Annual report of lunatic asylums [Bombay] - 1912-1922
Year: 1912
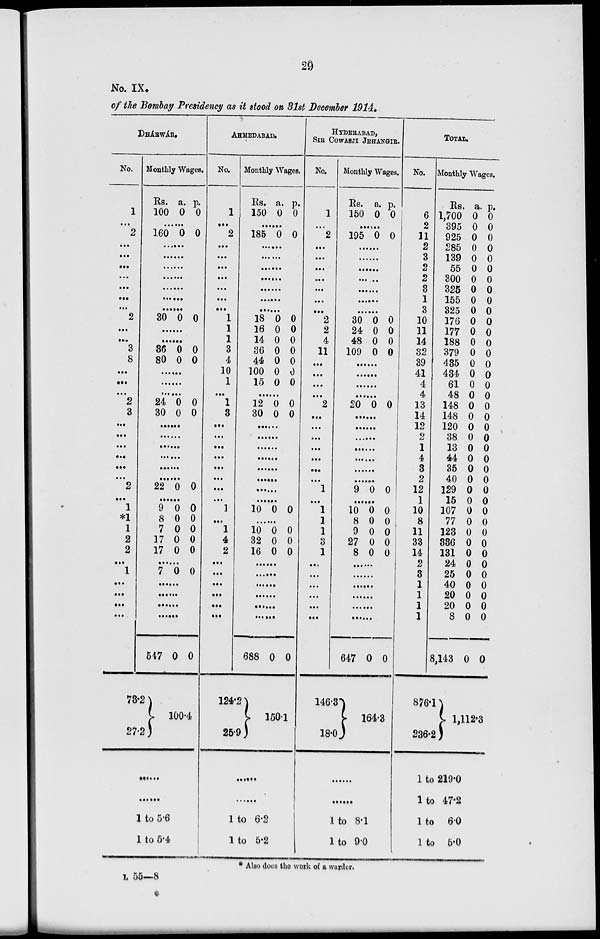
29
No. IX.
of the Bombay Presidency as it stood on 31st December 1914.
DHÁRWÁR.
No.
1
...
2
...
...
...
...
...
...
...
2
...
...
3
8
...
...
...
2
3
...
...
...
...
...
...
2
...
1
*1
1
2
2
...
1
...
...
...
...
...
73.2
27.2
Monthly Wages.
Rs.
100
a.
0
p.
0
......
160 0 0
......
......
......
......
......
......
......
30 0 0
......
......
36
80
0
0
0
0
......
......
......
24
30
0
0
0
0
......
......
......
......
......
......
22 0 0
......
9
8
7
17
17
0
0
0
0
0
0
0
0
0
0
......
7 0 0
......
......
.......
......
547 0 0
100.4
.........
.........
1 to 5.6
1 to 5.4
AHMEDABAD.
No.
1
...
2
...
...
...
...
...
...
...
1
1
1
3
4
10
1
...
1
3
...
...
...
...
...
...
...
...
1
...
1
4
2
...
...
...
...
...
...
124.2
25.9
Monthly Wages.
Rs.
150
a.
0
p.
0
......
185 0 0
......
......
......
......
......
......
......
18
16
14
36
44
100
15
0
0
0
0
0
0
0
0
0
0
0
0
0
0
......
12
30
0
0
0
0
......
......
......
......
......
......
......
......
10 0 0
......
10
32
16
0
0
0
0
0
0
......
......
......
......
......
......
688 0 0
150.1
.........
.........
1 to 6.2
1 to 5.2
HYDERABAD,
SIR COWASJI JEHANGIR.
No.
...
1
...
2
...
...
...
...
. ..
...
. ..
2
2
4
11
...
...
...
...
2
...
...
...
...
...
...
...
1
1
1
1
3
1
...
...
...
...
...
...
146.3
18.0
Monthly Wages.
Rs.
150
a.
0
p.
0
......
195 0 0
......
......
......
......
......
......
......
30
24
48
109
0
0
0
0
0
0
0
0
......
......
......
......
20 0 0
......
......
......
......
......
......
......
9 0 0
......
10
8
9
27
8
0
0
0
0
0
0
0
0
0
0
......
......
......
......
......
......
647 0 0
164.3
.........
.........
1 to 8.1
1 to 9.0
TOTAL.
No.
6
2
11
2
3
2
2
3
1
3
10
11
14
32
39
41
4
4
13
14
12
2
1
4
3
2
12
1
10
8
11
33
14
2
3
1
1
1
1
876.1
236.2
Monthly Wages.
Rs.
1,700
395
925
285
139
55
300
325
155
325
176
177
188
379
435
434
61
48
148
148
120
38
13
44
35
40
129
15
107
77
123
336
131
24
25
40
20
20
8
8,143
a.
0
0
0
0
0
0
0
0
0
0
0
0
0
0
0
0
0
0
0
0
0
0
0
0
0
0
0
0
0
0
0
0
0
0
0
0
0
0
0
0
p.
0
0
0
0
0
0
0
0
0
0
0
0
0
0
0
0
0
0
0
0
0
0
0
0
0
0
0
0
0
0
0
0
0
0
0
0
0
0
0
0
1,112.3
1 to 219.0
1 to 47.2
1 to 6.0
1 to 5.0
* Also does the work of a warder.
L 55—8